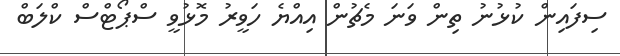
ސިފައިން ކުޅުނު ތިން ވަނަ މެޗުން އިއްޔެ ހަވީރު މޮޅުވީ ސްޕޯޓްސް ކްލަބް